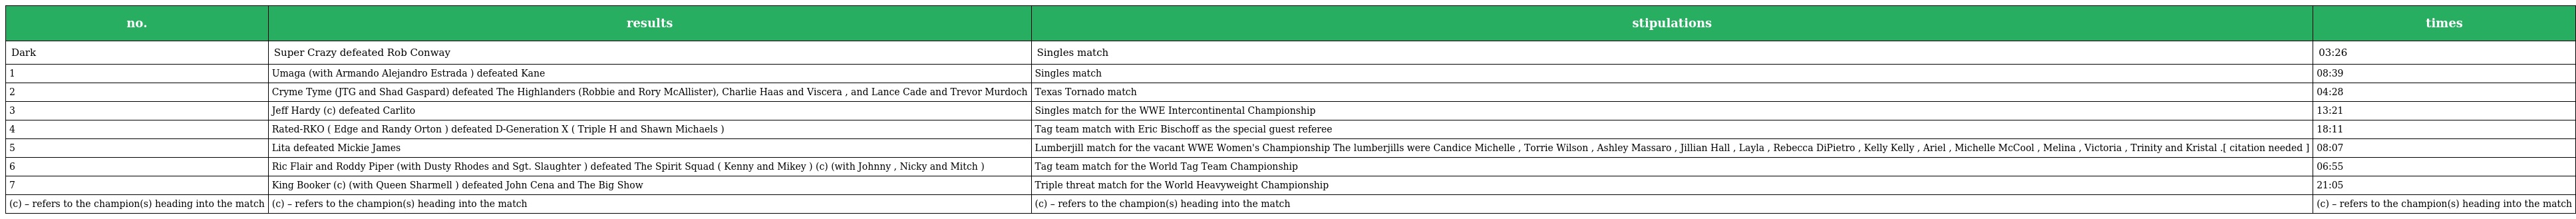
| no. | results | stipulations | times |
 | --- | --- | --- | --- |
 | Dark | Super Crazy defeated Rob Conway | Singles match | 03:26 |
 | 1 | Umaga (with Armando Alejandro Estrada ) defeated Kane | Singles match | 08:39 |
 | 2 | Cryme Tyme (JTG and Shad Gaspard) defeated The Highlanders (Robbie and Rory McAllister), Charlie Haas and Viscera , and Lance Cade and Trevor Murdoch | Texas Tornado match | 04:28 |
 | 3 | Jeff Hardy (c) defeated Carlito | Singles match for the WWE Intercontinental Championship | 13:21 |
 | 4 | Rated-RKO ( Edge and Randy Orton ) defeated D-Generation X ( Triple H and Shawn Michaels ) | Tag team match with Eric Bischoff as the special guest referee | 18:11 |
 | 5 | Lita defeated Mickie James | Lumberjill match for the vacant WWE Women's Championship The lumberjills were Candice Michelle , Torrie Wilson , Ashley Massaro , Jillian Hall , Layla , Rebecca DiPietro , Kelly Kelly , Ariel , Michelle McCool , Melina , Victoria , Trinity and Kristal .[ citation needed ] | 08:07 |
 | 6 | Ric Flair and Roddy Piper (with Dusty Rhodes and Sgt. Slaughter ) defeated The Spirit Squad ( Kenny and Mikey ) (c) (with Johnny , Nicky and Mitch ) | Tag team match for the World Tag Team Championship | 06:55 |
 | 7 | King Booker (c) (with Queen Sharmell ) defeated John Cena and The Big Show | Triple threat match for the World Heavyweight Championship | 21:05 |
 | (c) – refers to the champion(s) heading into the match | (c) – refers to the champion(s) heading into the match | (c) – refers to the champion(s) heading into the match | (c) – refers to the champion(s) heading into the match |